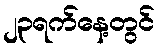
၂၃ရက်နေ့တွင်